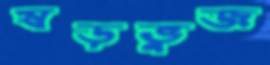
ষড়ভুজ